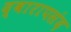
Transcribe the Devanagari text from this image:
द्वारापसंद